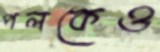
পলকেও